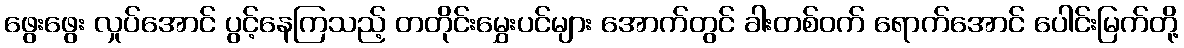
ဖွေးဖွေး လှုပ်အောင် ပွင့်နေကြသည့် တတိုင်းမွှေးပင်များ အောက်တွင် ခါးတစ်ဝက် ရောက်အောင် ပေါင်းမြက်တို့